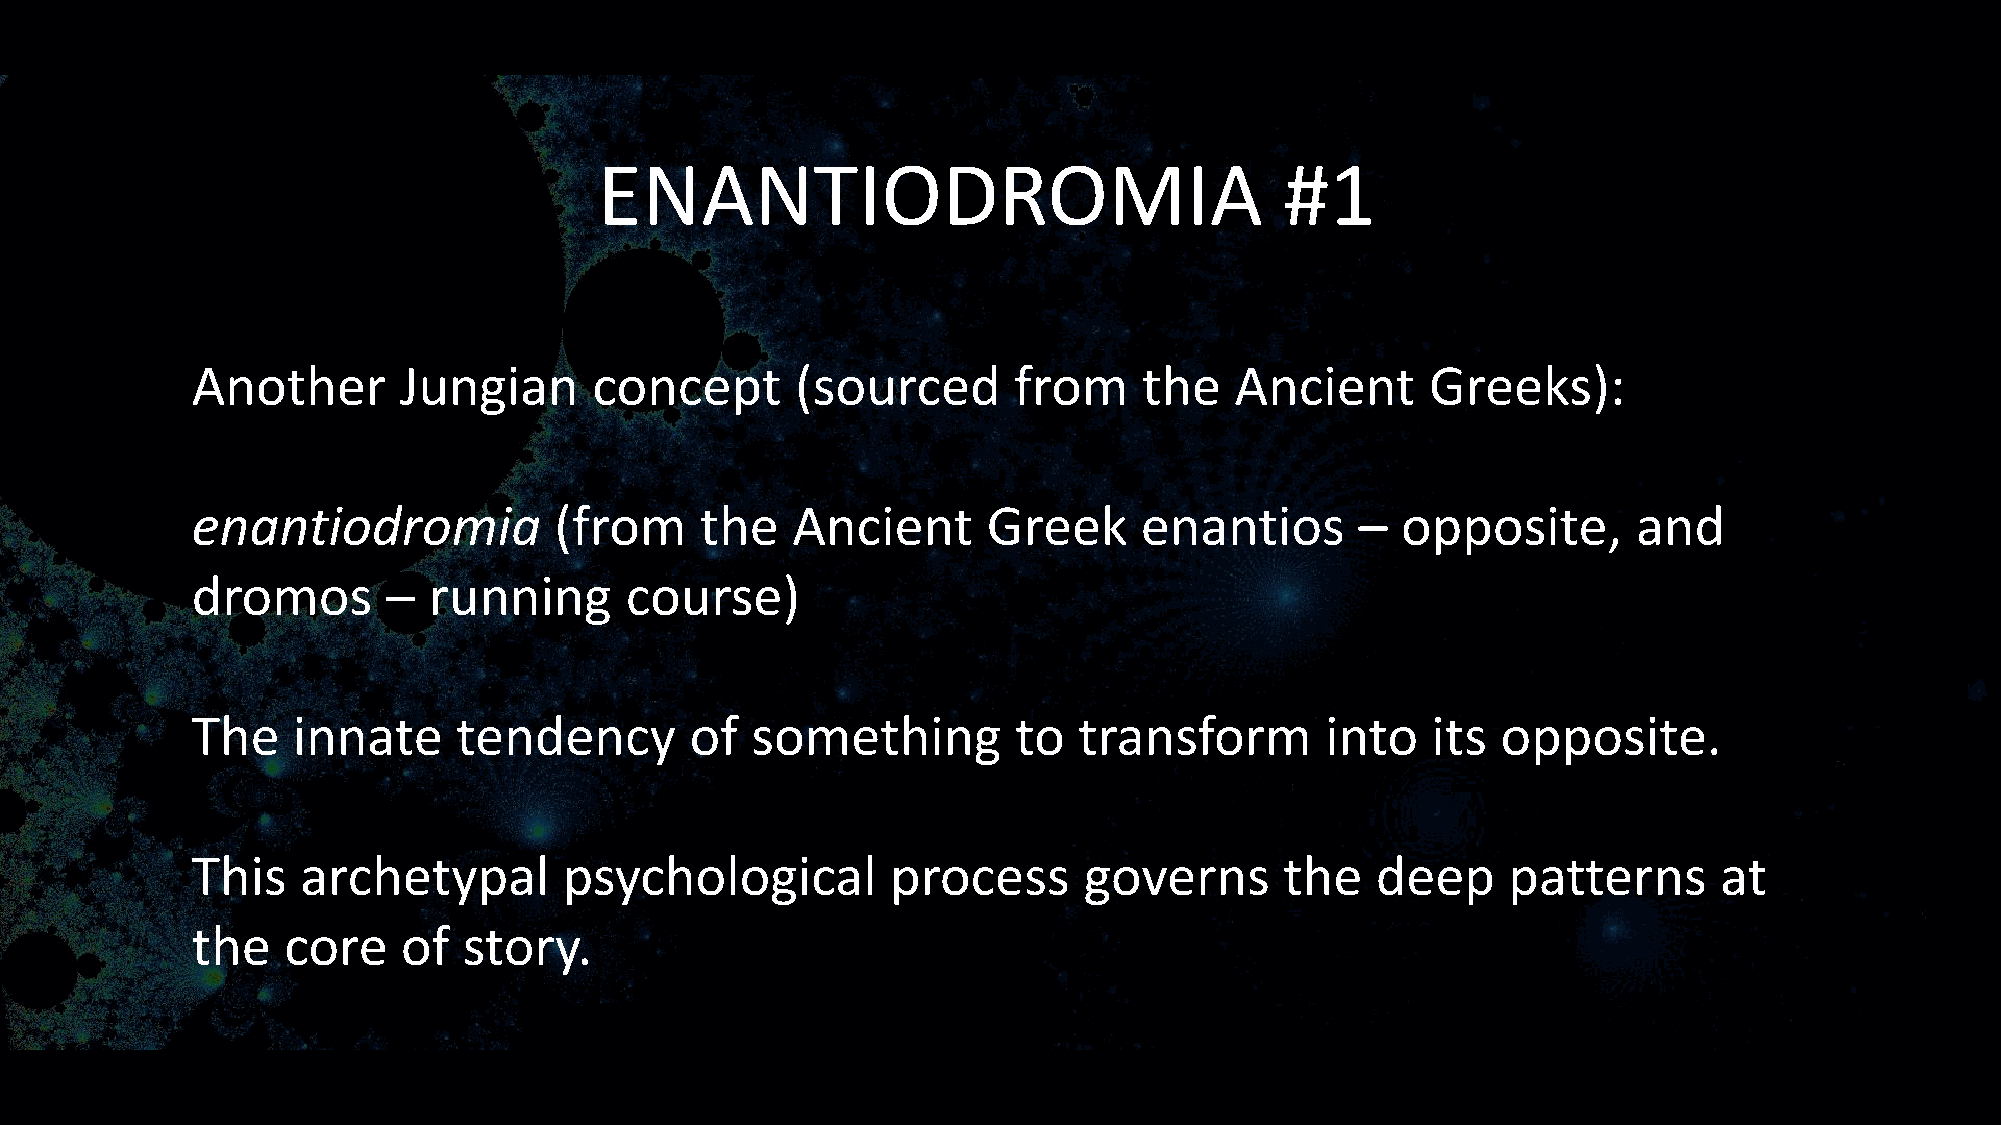
ENANTIODROMIA                                #1
 Another      Jungian      concept       (sourced      from     the   Ancient      Greeks):
 enantiodromia           (from    the   Ancient      Greek     enantios       –  opposite,      and
 dromos       – running      course)
 The   innate     tendency        of  something        to  transform        into   its opposite.
 This   archetypal       psychological         process      governs      the   deep     patterns      at
 the   core    of  story.